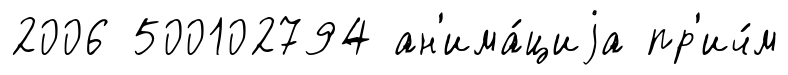
2006 500102794 ан'има́циjа пр'ич́м